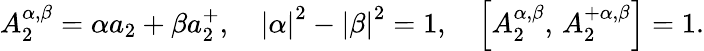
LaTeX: A_{2}^{\alpha,\beta}=\alpha a_{2}+\beta a_{2}^{+},\quad\left|\alpha\right|^{2}-\left|\beta\right|^{2}=1,\quad\left[A_{2}^{\alpha,\beta},\, A_{2}^{+\alpha,\beta}\right]=1.